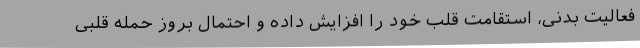
فعالیت بدنی، استقامت قلب خود را افزایش داده و احتمال بروز حمله قلبی